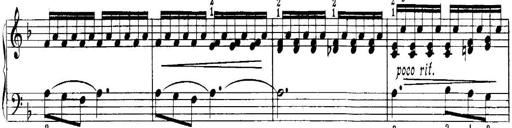
Title: Quatres sonatines
Composer: Tadeusz Joteyko